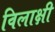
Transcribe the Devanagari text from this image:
विलाक्षी